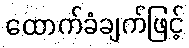
ထောက်ခံချက်ဖြင့်